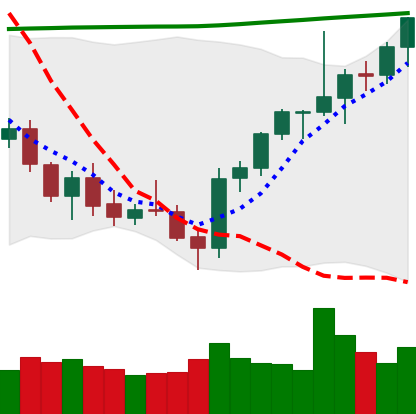
Ticker: ETH-USD
Chart end date: 2021-07-30
Forward return: 10.444%
Label: up_7plus